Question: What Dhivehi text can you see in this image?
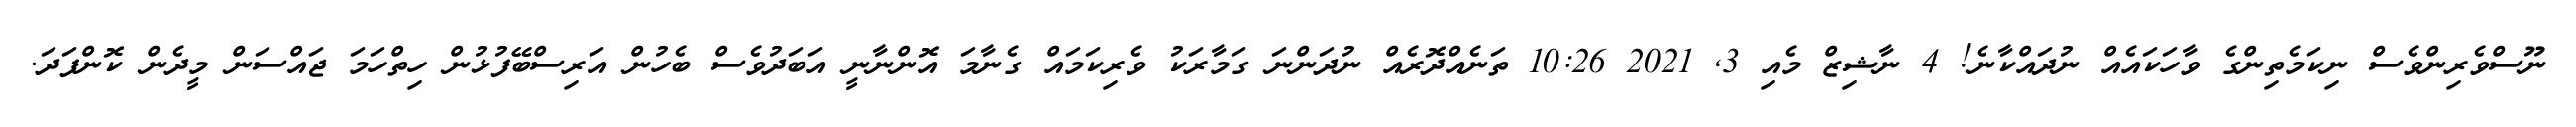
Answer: ނޫސްވެރިންވެސް ނިކަމެތިންގެ ވާހަކައެއް ނުދައްކާނެ! 4 ނާޝިޒް މެއި 3, 2021 10:26 ތަނެއްދޮރެއް ނުދަންނަ ގަމާރަކު ވެރިކަމައް ގެނާމަ އޮންނާނީ އަބަދުވެސް ބެހުން އަރިސްބޭފުޅުން ހިތްހަމަ ޖައްސަން މީދެން ކޮންފަދަ.